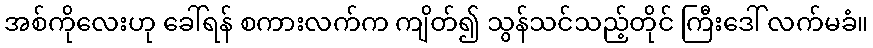
အစ်ကိုလေးဟု ခေါ်ရန် စကားလက်က ကျိတ်၍ သွန်သင်သည့်တိုင် ကြီးဒေါ် လက်မခံ။